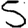
Digit: 5